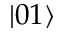
\left| 0 1 \right\rangle